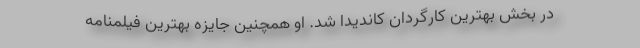
در بخش بهترین کارگردان کاندیدا شد. او همچنین جایزه بهترین فیلمنامه